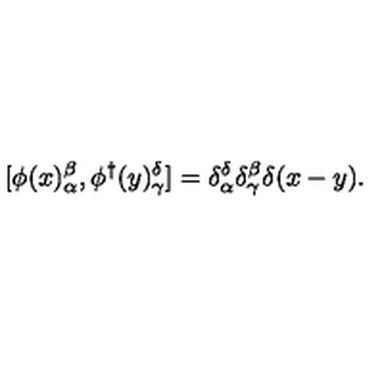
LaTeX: [ \phi ( x ) _ { \alpha } ^ { \beta } , \phi ^ { \dagger } ( y ) _ { \gamma } ^ { \delta } ] = \delta _ { \alpha } ^ { \delta } \delta _ { \gamma } ^ { \beta } \delta ( x - y ) .